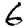
Digit: 6